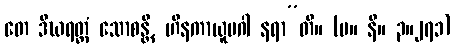
တေ ဒီဃရတ္တံ သောစန္တိ, ဟီနကာယူပဂါ နရာ”တိ။ (မ။ နိ။ ၃။၂၇၁)